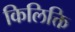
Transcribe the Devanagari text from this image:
किलिक्ति